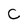
Character: C